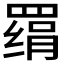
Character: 𰭔